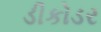
ડીકોડર